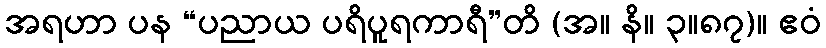
အရဟာ ပန “ပညာယ ပရိပူရကာရီ”တိ (အ။ နိ။ ၃။၈၇)။ ဧဝံ